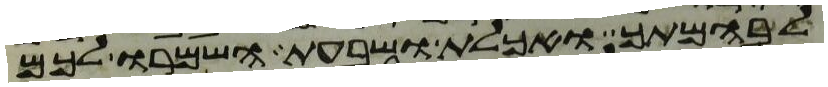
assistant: לבהמתך ואכלת ושבעת השמרו לכם